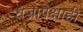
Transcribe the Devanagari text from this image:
वज्रापेक्षाही